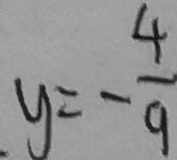
y = - \frac { 4 } { 9 }